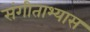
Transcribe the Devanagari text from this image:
संगीताभ्यास